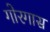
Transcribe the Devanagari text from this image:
गोरगास